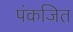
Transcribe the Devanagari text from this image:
पंकजित